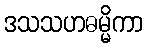
ဒသသဟဓမ္မိကာ